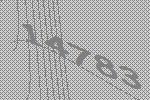
14783